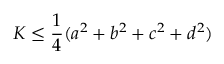
K \leq { \frac { 1 } { 4 } } ( a ^ { 2 } + b ^ { 2 } + c ^ { 2 } + d ^ { 2 } )